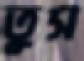
তুস